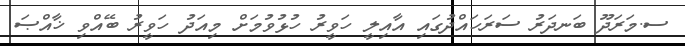
ސ.މަރަދޫ ބަނދަރު ސަރަހައްދުގައި އާއިލީ ހަވީރު ހުޅުވުމަށް މިއަދު ހަވީރު ބޭއްވި ޚާއްޞަ